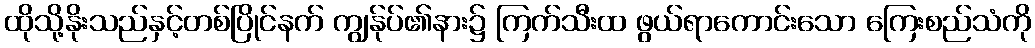
ထိုသို့နိုးသည်နှင့်တစ်ပြိုင်နက် ကျွန်ုပ်၏နား၌ ကြက်သီးထ ဖွယ်ရာကောင်းသော ကြေးစည်သံကို